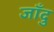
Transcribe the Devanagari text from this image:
जाँदु